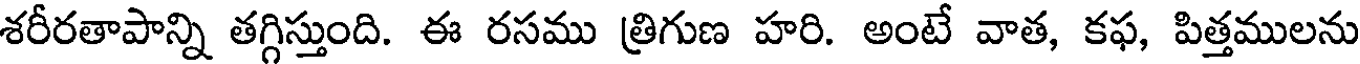
శరీరతాపాన్ని తగ్గిస్తుంది. ఈ రసము త్రిగుణ హరి. అంటే వాత, కఫ, పిత్తములను